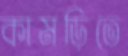
কামড়িতে